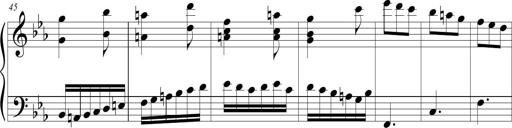
Title: Tiny Tina
Composer: Michel Rondeau
Key: E-flat major